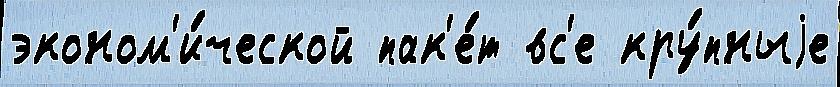
эконом'и́ческой пак'е́т вс'е кру́пныjе